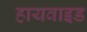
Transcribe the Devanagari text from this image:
हायवाइड